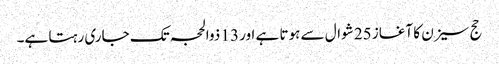
حج سیزن کا آغاز 25 شوال سے ہوتا ہے اور 13 ذوالحجہ تک جاری رہتا ہے۔